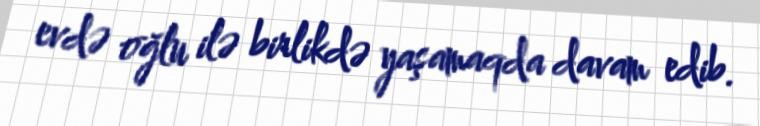
evdə oğlu ilə birlikdə yaşamaqda davam edib.